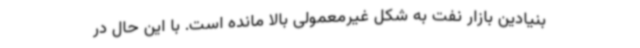
بنیادین بازار نفت به شکل غیرمعمولی بالا مانده است. با این حال در